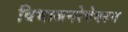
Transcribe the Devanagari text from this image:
विभाजनरेषेवरुन